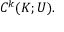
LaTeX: C ^ { k } ( K ; U ) .